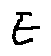
F